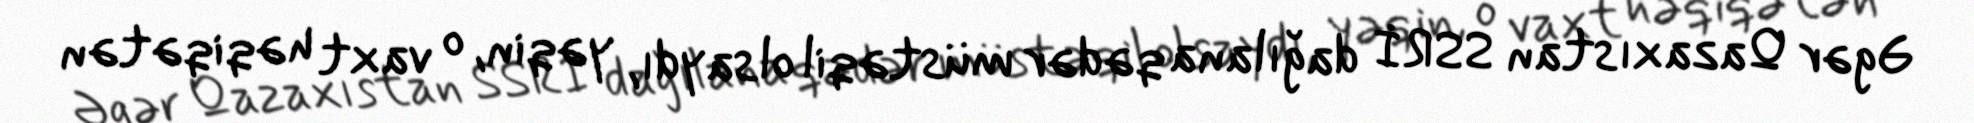
Əgər Qazaxıstan SSRİ dağılana qədər müstəqil olsaydı, yəqin, o vaxt həqiqətən